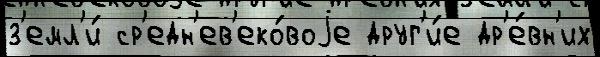
з'емл'и́ ср'едн'ев'еко́воjе друг'и́е др'е́вн'их